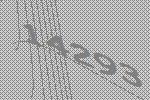
14293